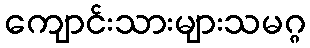
ကျောင်းသားများသမဂ္ဂ